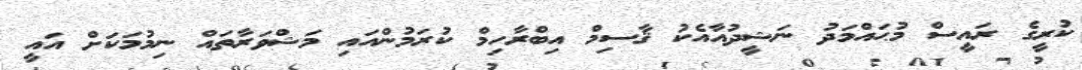
ކުރީގެ ރައީސް މުޙައްމަދު ނަޝީދުއާއެކު ޤާސިމް އިބްރާހިމް ކުރަމުންއައި މަޝްވަރާތައް ނިމުމަކަށް އައީ